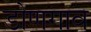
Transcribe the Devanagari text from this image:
डोणगाव